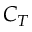
C _ { T }